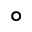
^ { \circ }